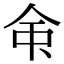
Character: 𫝇